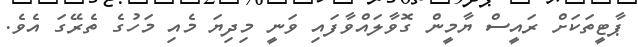
ޕާޓީތަކަށް ރައީސް ޔާމީން ގޮވާލައްވާފައި ވަނީ މިދިޔަ މެއި މަހުގެ ތެރޭގަ އެވެ.